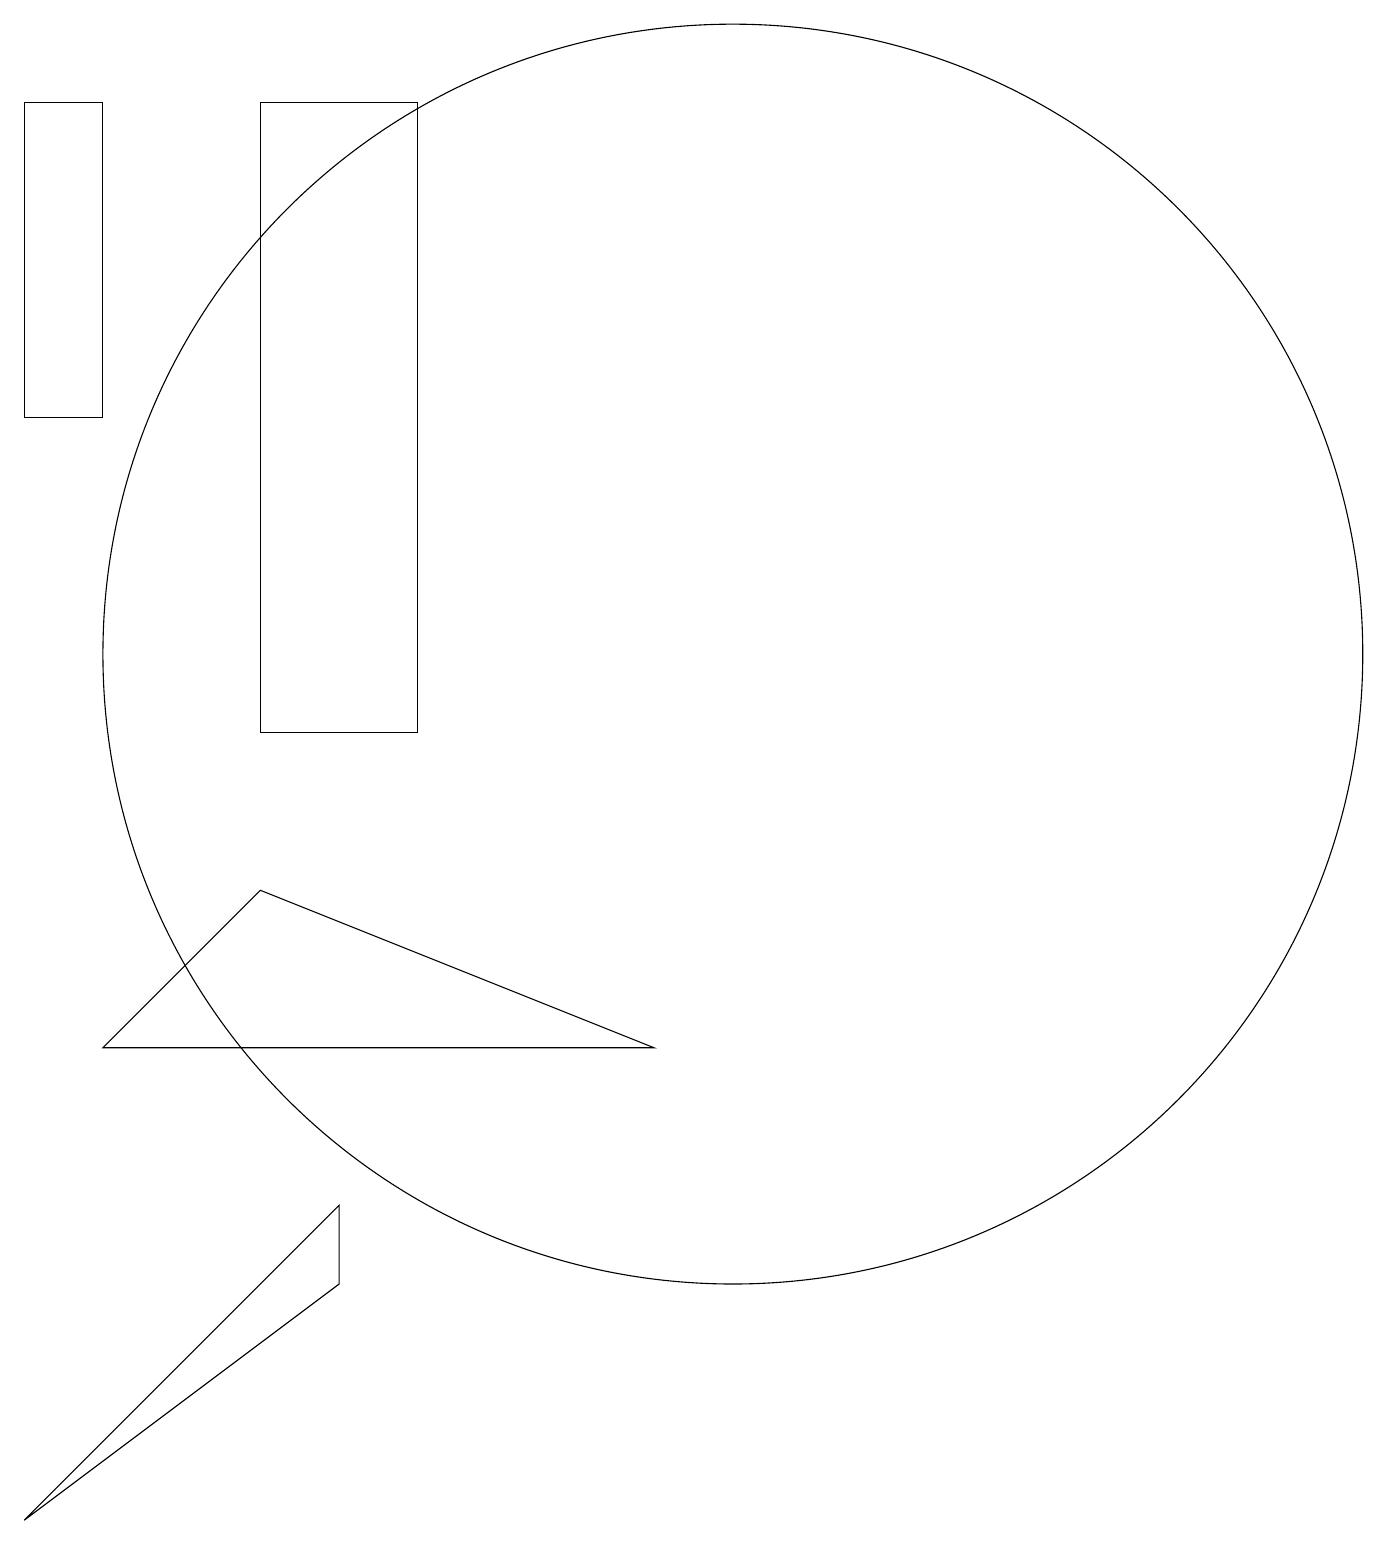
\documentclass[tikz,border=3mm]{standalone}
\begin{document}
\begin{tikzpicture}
\draw (4,10) rectangle (6,18);
\draw (1,0) -- (5,3) -- (5,4) -- cycle;
\draw (10,11) circle (8);
\draw (4,8) -- (2,6) -- (9,6) -- cycle;
\draw (2,18) rectangle (1,14);
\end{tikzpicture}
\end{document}